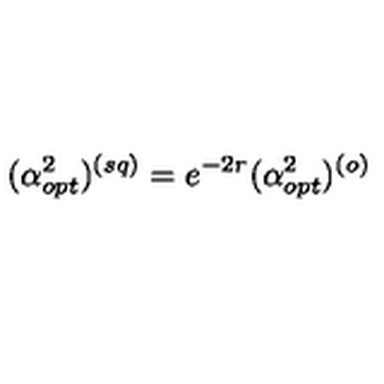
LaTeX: ( \alpha _ { o p t } ^ { 2 } ) ^ { ( s q ) } = e ^ { - 2 r } ( \alpha _ { o p t } ^ { 2 } ) ^ { ( o ) }